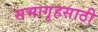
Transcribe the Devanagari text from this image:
सभागृहसाठी